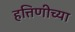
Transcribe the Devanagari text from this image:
हत्तिणीच्या